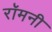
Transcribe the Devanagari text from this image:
रॉमनी